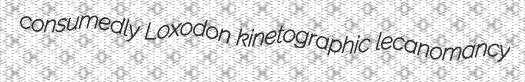
consumedly Loxodon kinetographic lecanomancy